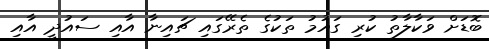
ބޮޑަށް ވަކާލާތު ކުރި ގައުމު ތަކުގެ ތެރޭގައި ޗައިނާ އާއި ސައުދީ އާއި